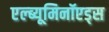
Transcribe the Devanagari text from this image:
एल्ब्यूमिनॉएड्स